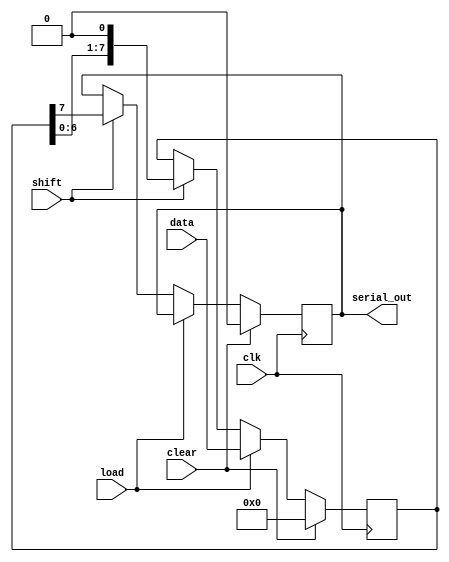
module dynamic_piso_register #(
    parameter N = 8  // Number of bits in the register
)(
    input wire clk,          // Clock input
    input wire load,         // Load control signal
    input wire shift,        // Shift control signal
    input wire clear,        // Clear control signal
    input wire [N-1:0] data, // Parallel input data
    output reg serial_out     // Serial output
);

    // Internal registers
    reg [N-1:0] input_reg;   // Input register to hold parallel data
    reg [N-1:0] shift_reg;    // Shift register to hold shifting data

    always @(posedge clk) begin
        if (clear) begin
            // Clear the registers
            input_reg <= 0;
            shift_reg <= 0;
            serial_out <= 0;
        end else if (load) begin
            // Load data into the input register
            input_reg <= data;
            shift_reg <= data; // Initialize shift register with input data
        end else if (shift) begin
            // Shift operation
            serial_out <= shift_reg[N-1]; // Output the MSB (or LSB if needed)
            shift_reg <= {shift_reg[N-2:0], 1'b0}; // Shift right
        end
    end

endmodule